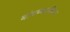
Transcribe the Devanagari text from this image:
बांधण्याचीपण